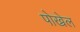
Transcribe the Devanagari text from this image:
पोख्रेल